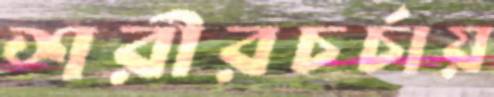
শরীরচর্চায়